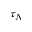
\tau _ { N }